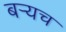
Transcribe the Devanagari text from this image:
बर्‍यच